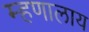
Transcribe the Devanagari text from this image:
म्हणालाय